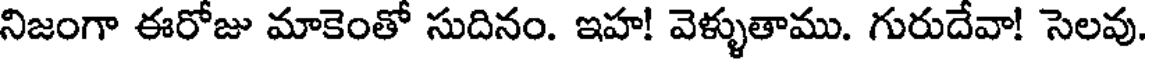
నిజంగా ఈరోజు మాకెంతో సుదినం. ఇహ! వెళ్ళుతాము. గురుదేవా! సెలవు